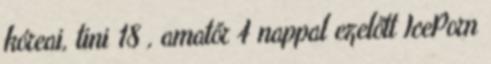
kóreai, tini 18 , amatőr 4 nappal ezelőtt IcePorn